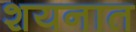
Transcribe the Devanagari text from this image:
शयनात